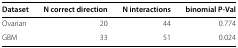
| Dataset | N correct direction | N interactions | binomial P-Val |
 | --- | --- | --- | --- |
 | Ovarian | 20 | 44 | 0.774 |
 | GBM | 33 | 51 | 0.024 |